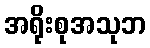
အရိုးစုအသုဘ